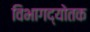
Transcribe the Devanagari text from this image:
विभागद्योतक